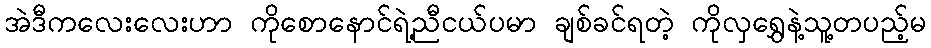
အဲဒီကလေးလေးဟာ ကိုစောနောင်ရဲ့ညီငယ်ပမာ ချစ်ခင်ရတဲ့ ကိုလှရွှေနဲ့သူ့တပည့်မ